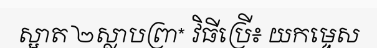
ស្អាត ២ស្លាបព្រា* វិធីប្រើ៖ យកម្ទេស